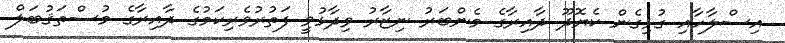
އިސްލާހާއި ގުޅިގެން ކެޔޮދޫ ދާއިރާގެ މެންބަރު ނިޒާރު ވިދާޅުވީ ފަތުރުވެރިކަމުގެ ދާއިރާގެ މުސްތަޤުބަލް